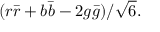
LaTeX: ( r { \bar { r } } + b { \bar { b } } - 2 g { \bar { g } } ) / { \sqrt { 6 } } .